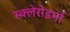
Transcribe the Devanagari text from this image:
स्क्‍लेरोडर्मा